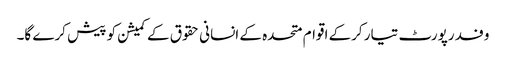
وفد رپورٹ تیار کرکے اقوام متحدہ کے انسانی حقوق کے کمیشن کو پیش کرے گا۔